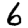
Digit: 6